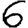
Digit: 6